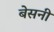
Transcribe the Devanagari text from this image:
बेसनी